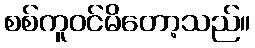
စစ်ကူဝင်မိတော့သည်။